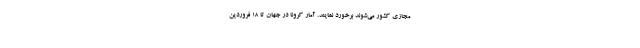
مجازی کشور می‌شوند برخورد نمایند. آمار کرونا در جهان تا ۱۸ فروردین